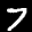
Label: 7